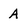
Character: A